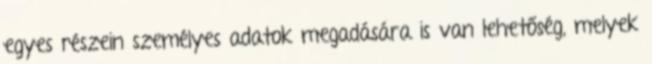
egyes részein személyes adatok megadására is van lehetőség, melyek